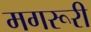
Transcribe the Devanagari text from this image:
मगरूरी